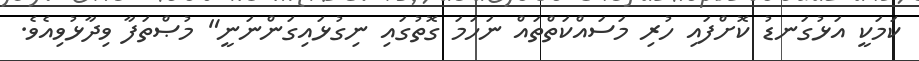
ކަމަކީ އަޅުގަނޑު ކޮށްފައި ހުރި މަސައްކަތްތައް ނަހަމަ ގޮތުގައި ނިގުޅައިގަންނަނީ" މުޞްތަފާ ވިދާޅުވިއެވެ.